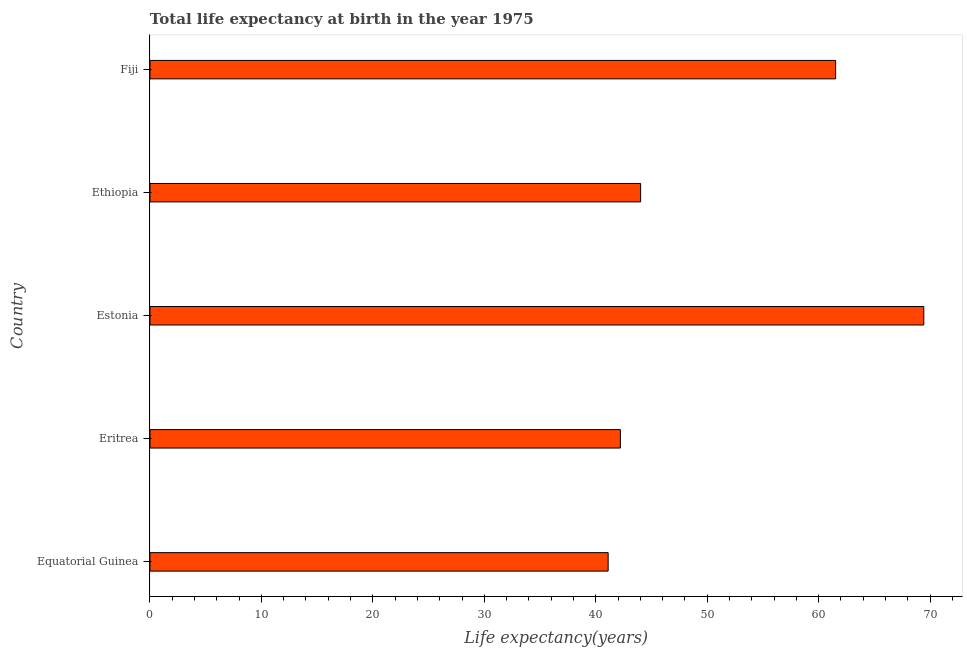
| Country | Life expectancy at birth |
 | --- | --- |
 | Equatorial Guinea | 41.1 |
 | Eritrea | 42.2 |
 | Estonia | 69.4 |
 | Ethiopia | 44 |
 | Fiji | 61.5 |